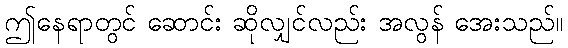
ဤနေရာတွင် ဆောင်း ဆိုလျှင်လည်း အလွန် အေးသည်။